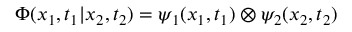
{ \Phi } ( x _ { 1 } , t _ { 1 } | x _ { 2 } , t _ { 2 } ) = { \psi } _ { 1 } ( x _ { 1 } , t _ { 1 } ) \otimes { \psi } _ { 2 } ( x _ { 2 } , t _ { 2 } )